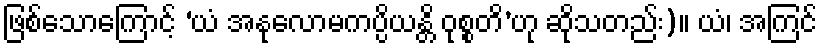
ဖြစ်သောကြောင့် ‘ယံ အနုလောမကပ္ပိယန္တိ ဝုစ္စတိ’ဟု ဆိုသတည်း)။ ယံ၊ အကြင်